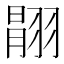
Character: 𦑉